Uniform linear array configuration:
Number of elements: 4
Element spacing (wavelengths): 0.25
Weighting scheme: cosine
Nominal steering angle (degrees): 15
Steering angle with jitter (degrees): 14.979
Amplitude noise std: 0.05
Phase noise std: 0.05

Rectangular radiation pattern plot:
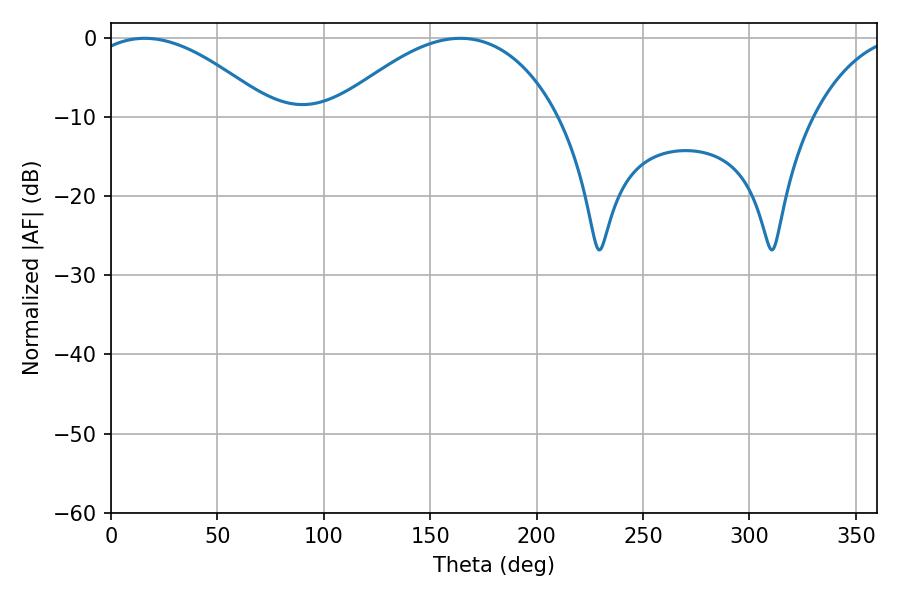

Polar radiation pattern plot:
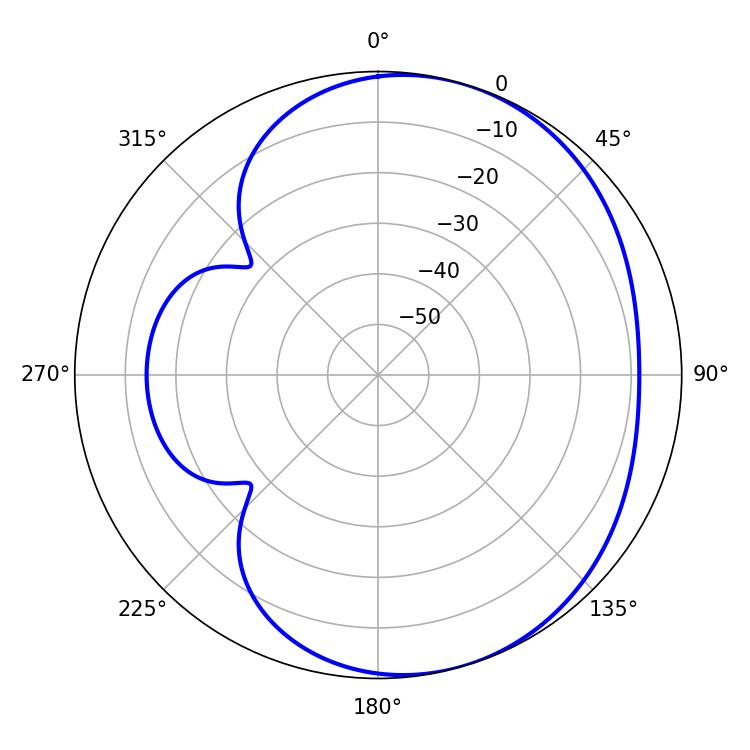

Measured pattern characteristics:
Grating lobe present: FALSE
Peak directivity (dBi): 4.43
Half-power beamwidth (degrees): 58.86
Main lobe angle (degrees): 164.16